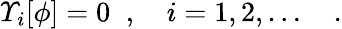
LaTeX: \varUpsilon_{i}[\phi]=0\; \; ,\quad i=1,2,\ldots\quad.